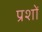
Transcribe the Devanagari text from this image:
प्रशों